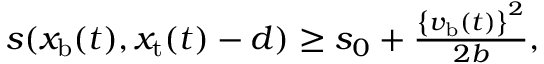
\begin{array} { r } { s ( x _ { \mathrm { b } } ( t ) , x _ { \mathrm { t } } ( t ) - d ) \ge s _ { 0 } + \frac { \left\{ v _ { \mathrm { b } } ( t ) \right\} ^ { 2 } } { 2 b } , } \end{array}